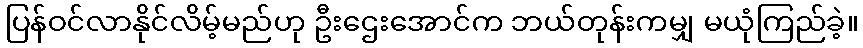
ပြန်ဝင်လာနိုင်လိမ့်မည်ဟု ဦးဌေးအောင်က ဘယ်တုန်းကမျှ မယုံကြည်ခဲ့။